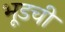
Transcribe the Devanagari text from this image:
भूडची